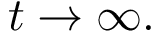
t \rightarrow \infty .